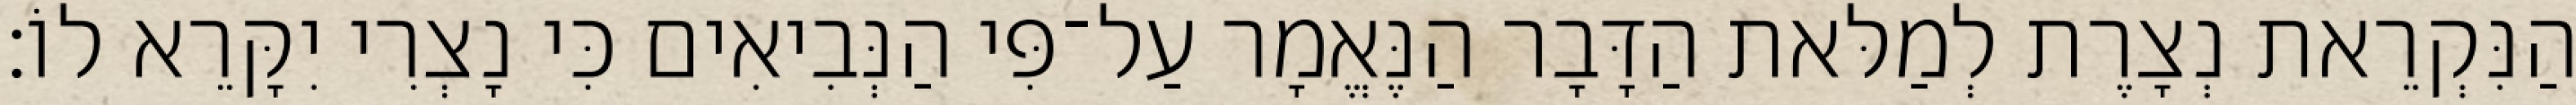
הַנִּקְרֵאת נְצָרֶת לְמַלּאת הַדָּבָר הַנֶּאֱמָר עַל־פִּי הַנְּבִיאִים כִּי נָצְרִי יִקָּרֵא לוֹ׃